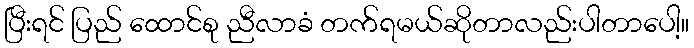
ပြီးရင် ပြည် ထောင်စု ညီလာခံ တက်ရမယ်ဆိုတာလည်းပါတာပေါ့။